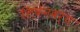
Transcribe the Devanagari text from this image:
लिवेनवर्थ